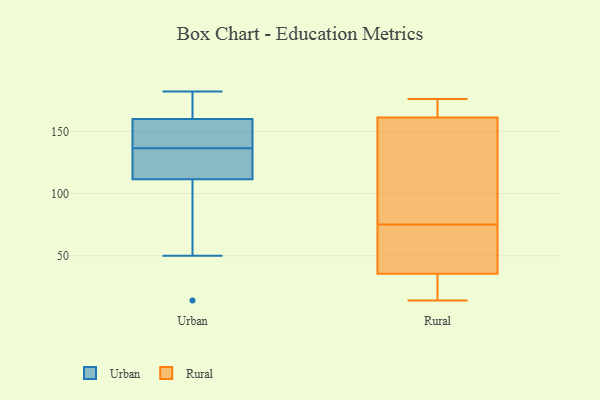
{"axis": {"x": "Net Income (USD K)", "y": "Value"}, "legend": ["Rural", "Urban"], "data": [{"x": "", "y": 152, "type": "Urban"}, {"x": "", "y": 149, "type": "Urban"}, {"x": "", "y": 182, "type": "Urban"}, {"x": "", "y": 132, "type": "Urban"}, {"x": "", "y": 168, "type": "Urban"}, {"x": "", "y": 101, "type": "Urban"}, {"x": "", "y": 135, "type": "Urban"}, {"x": "", "y": 174, "type": "Urban"}, {"x": "", "y": 14, "type": "Urban"}, {"x": "", "y": 50, "type": "Urban"}, {"x": "", "y": 138, "type": "Urban"}, {"x": "", "y": 122, "type": "Urban"}, {"x": "", "y": 159, "type": "Rural"}, {"x": "", "y": 162, "type": "Rural"}, {"x": "", "y": 63, "type": "Rural"}, {"x": "", "y": 27, "type": "Rural"}, {"x": "", "y": 75, "type": "Rural"}, {"x": "", "y": 14, "type": "Rural"}, {"x": "", "y": 166, "type": "Rural"}, {"x": "", "y": 27, "type": "Rural"}, {"x": "", "y": 61, "type": "Rural"}, {"x": "", "y": 176, "type": "Rural"}, {"x": "", "y": 97, "type": "Rural"}]}